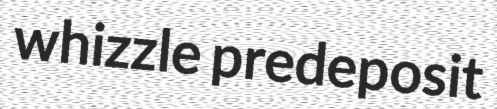
whizzle predeposit